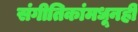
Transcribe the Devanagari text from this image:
संगीतिकांमधूनही